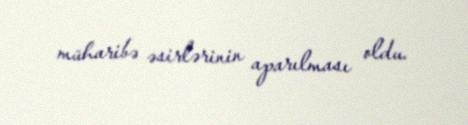
müharibə əsirlərinin aparılması oldu.